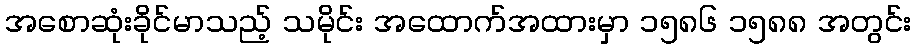
အစောဆုံးခိုင်မာသည့် သမိုင်း အထောက်အထားမှာ ၁၅၈၆ ၁၅၈၈ အတွင်း